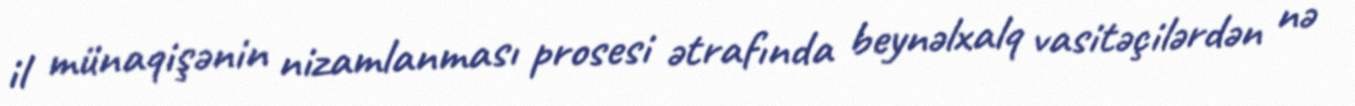
il münaqişənin nizamlanması prosesi ətrafında beynəlxalq vasitəçilərdən nə